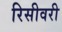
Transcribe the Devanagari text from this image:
रिसीवरी